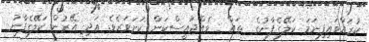
ކުރައްވައިފިނަމަ ކަލޭގެފާނުގެ  ތައް  ވެއްޖައީސްކަން ކަށަވަރެވެ. އަދި އޭރުން ކަލޭގެފާނު